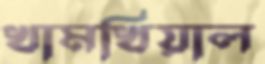
খামখিয়াল